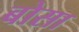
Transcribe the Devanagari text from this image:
बोसा